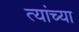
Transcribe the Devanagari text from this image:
त्यांच्या